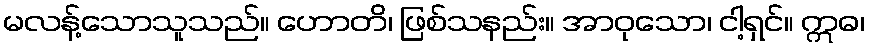
မလန့်သောသူသည်။ ဟောတိ၊ ဖြစ်သနည်း။ အာဝုသော၊ ငါ့ရှင်။ ဣဓ၊